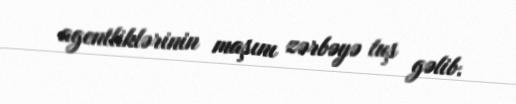
agentliklərinin maşını zərbəyə tuş gəlib.